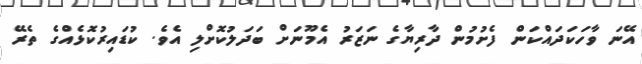
އޭނަ ވާހަކަދައްކަން ފެށުމުން ދާރިޔާގެ ނަޒަރު އެމޫނަށް ބަދަލުކޮށްލި އެވެ. ކުޑައިރުކޮޅެއްގެ ތެރޭ